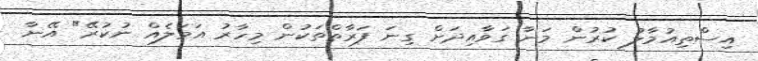
އިސްތިއުމާލު ކުރުން މަނާ ގަވާއިދަށް ގިނަ ފަރާތްތަކުން މިހާރު އަމަލެއް ނުކުރޭ" އޭނާ